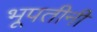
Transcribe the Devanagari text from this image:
भूपतीनी